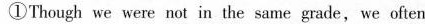
①Though we were not in the same grade, we often